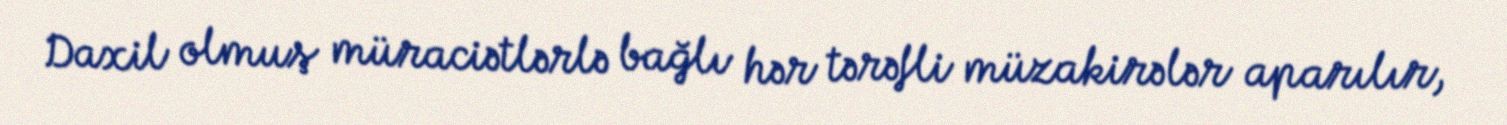
Daxil olmuş müraciətlərlə bağlı hər tərəfli müzakirələr aparılır,